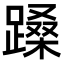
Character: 𬧉